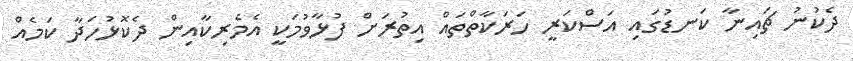
ދެކުނު ޗައިނާ ކަނޑުގައި އަސްކަރީ ހަރަކާތްތައް އިތުރަށް ފުޅާވުމަކީ އެމެރިކާއިން ދެކޮޅުހަދާ ކަމެއް